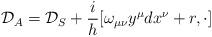
LaTeX: \begin{align*}{\cal {D}}_{A}={\cal {D}}_{S}+\frac{i}{h}[\omega_{\mu\nu}y^{\mu}dx^{\nu}+r, \cdot] \end{align*}